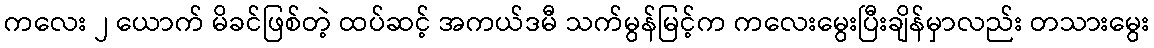
ကလေး ၂ ယောက် မိခင်ဖြစ်တဲ့ ထပ်ဆင့် အကယ်ဒမီ သက်မွန်မြင့်က ကလေးမွေးပြီးချိန်မှာလည်း တသားမွေး